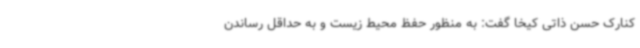
کنارک حسن ذاتی کیخا گفت: به منظور حفظ محیط زیست و به حداقل رساندن